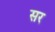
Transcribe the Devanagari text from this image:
सर